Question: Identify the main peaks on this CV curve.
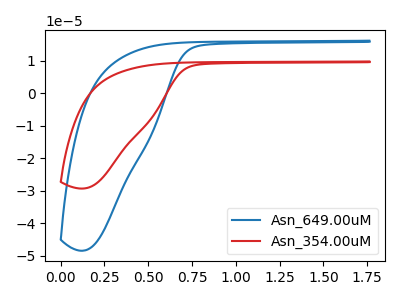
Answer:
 <answer>The blue curve "Asn_649.00uM" has no peaks. The red curve "Asn_354.00uM" has no peaks.</answer>
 <eval></eval>